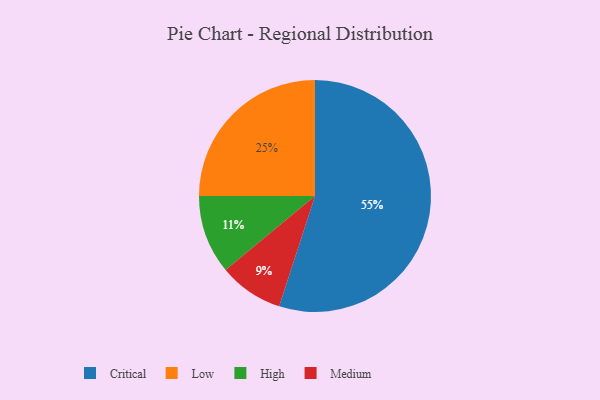
{"axis": {"x": "Category", "y": "Percentage"}, "legend": ["Critical", "High", "Low", "Medium"], "data": [{"x": "Medium", "y": 9, "type": "Medium"}, {"x": "Low", "y": 25, "type": "Low"}, {"x": "Critical", "y": 55, "type": "Critical"}, {"x": "High", "y": 11, "type": "High"}]}